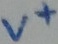
Text: V+